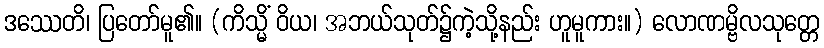
ဒဿေတိ၊ ပြတော်မူ၏။ (ကိသ္မိံ ဝိယ၊ အဘယ်သုတ်၌ကဲ့သို့နည်း ဟူမူကား။) လောဏမ္ဗိလသုတ္တေ